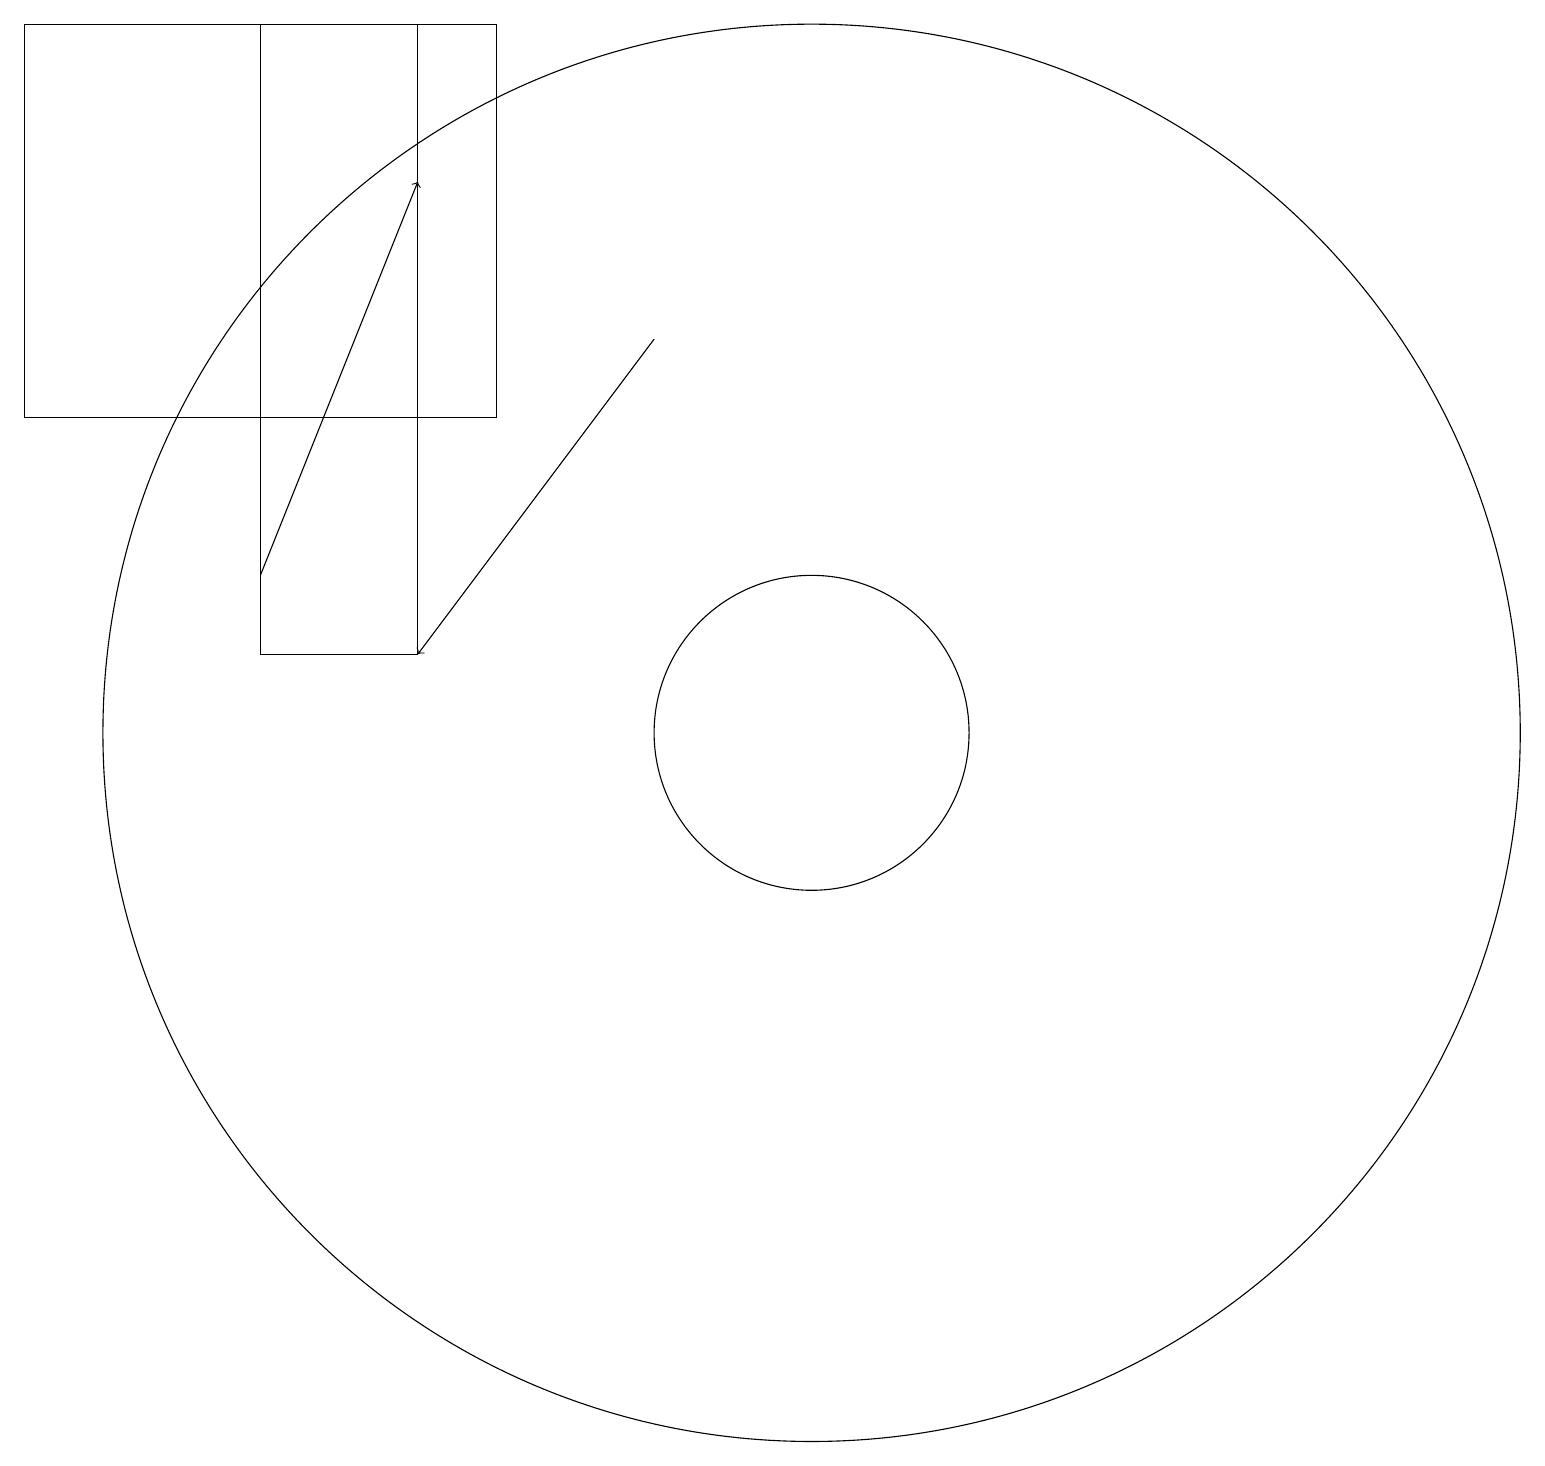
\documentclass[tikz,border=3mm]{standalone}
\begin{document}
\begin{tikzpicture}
\draw (4,19) rectangle (6,11);
\draw[->] (4,12) -- (6,17);
\draw (7,19) rectangle (1,14);
\draw (11,10) circle (2);
\draw[->] (9,15) -- (6,11);
\draw (11,10) circle (9);
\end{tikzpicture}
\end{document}